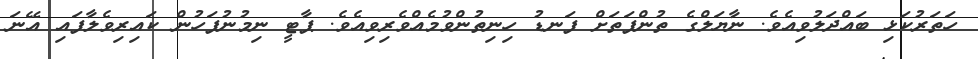
ހަތަރުކަޅި ބައްދަލުވިއެވެ. ނާޔަލްގެ ތުންފަތަށް ފަނޑު ހިނިތުންވުމެއްވެރިވިއެވެ. ޕާޓީ ނިމުނުފަހުން ކައިރިވެލާފައި އޭނަ